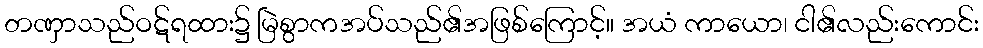
တဏှာသည်ဝဋ်ရထား၌ မြဲစွာကအပ်သည်၏အဖြစ်ကြောင့်။ အယံ ကာယော၊ ငါ၏လည်းကောင်း